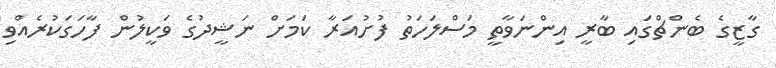
ގާޒީގެ ބެންޗްގައި ބާރީ އިންނަވާތީ މަސްލަހަތު ފުށުއަރާ ކަމަށް ނަޝީދުގެ ވަކީލުން ފާހަގަކުރެއްވި